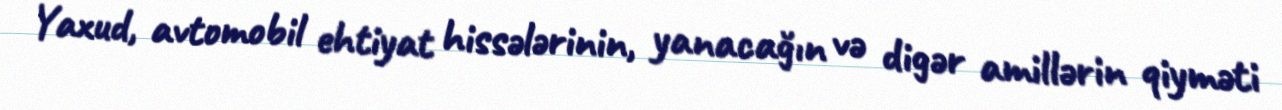
Yaxud, avtomobil ehtiyat hissələrinin, yanacağın və digər amillərin qiyməti